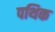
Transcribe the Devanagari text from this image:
पथिक